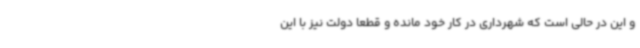
و این در حالی است که شهرداری در کار خود مانده و قطعا دولت نیز با این